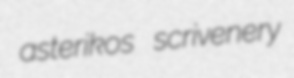
asterikos scrivenery